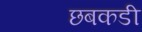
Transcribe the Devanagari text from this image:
छबकडी